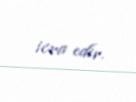
icra edir.